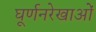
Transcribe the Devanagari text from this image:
घूर्णनरेखाओं